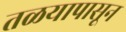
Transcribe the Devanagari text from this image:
तळयापासून